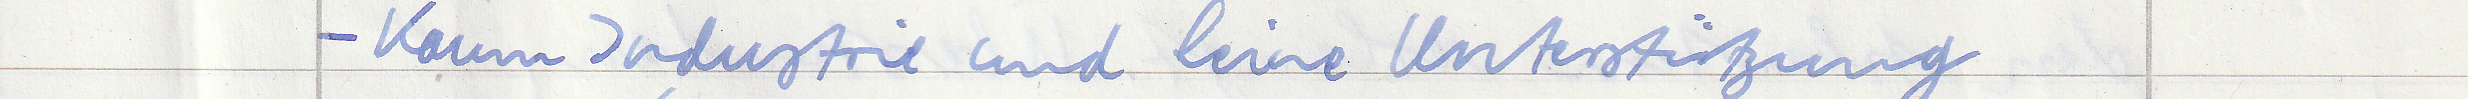
- Kaum Industrie und keine Unterstützung